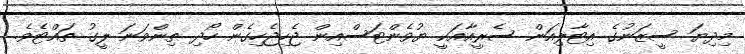
މިދިޔަ ސީޒަނުގެ އިޓާލިއަން ސެރީއާއަކީ ޔުވެންޓަސްއިން ޖެހިޖެހިގެން ހޯދި ތިންވަނަ ލީގު ތައްޓެވެ.